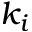
k _ { i }